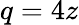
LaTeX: q=4z